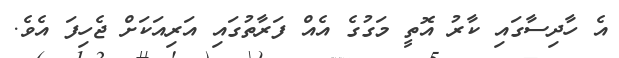
އެ ހާދިސާގައި ކާރު އޮތީ މަގުގެ އެއް ފަރާތުގައި އަރިއަކަށް ޖެހިފަ އެވެ.